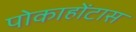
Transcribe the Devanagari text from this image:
पोकाहोंटास